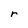
Character: r